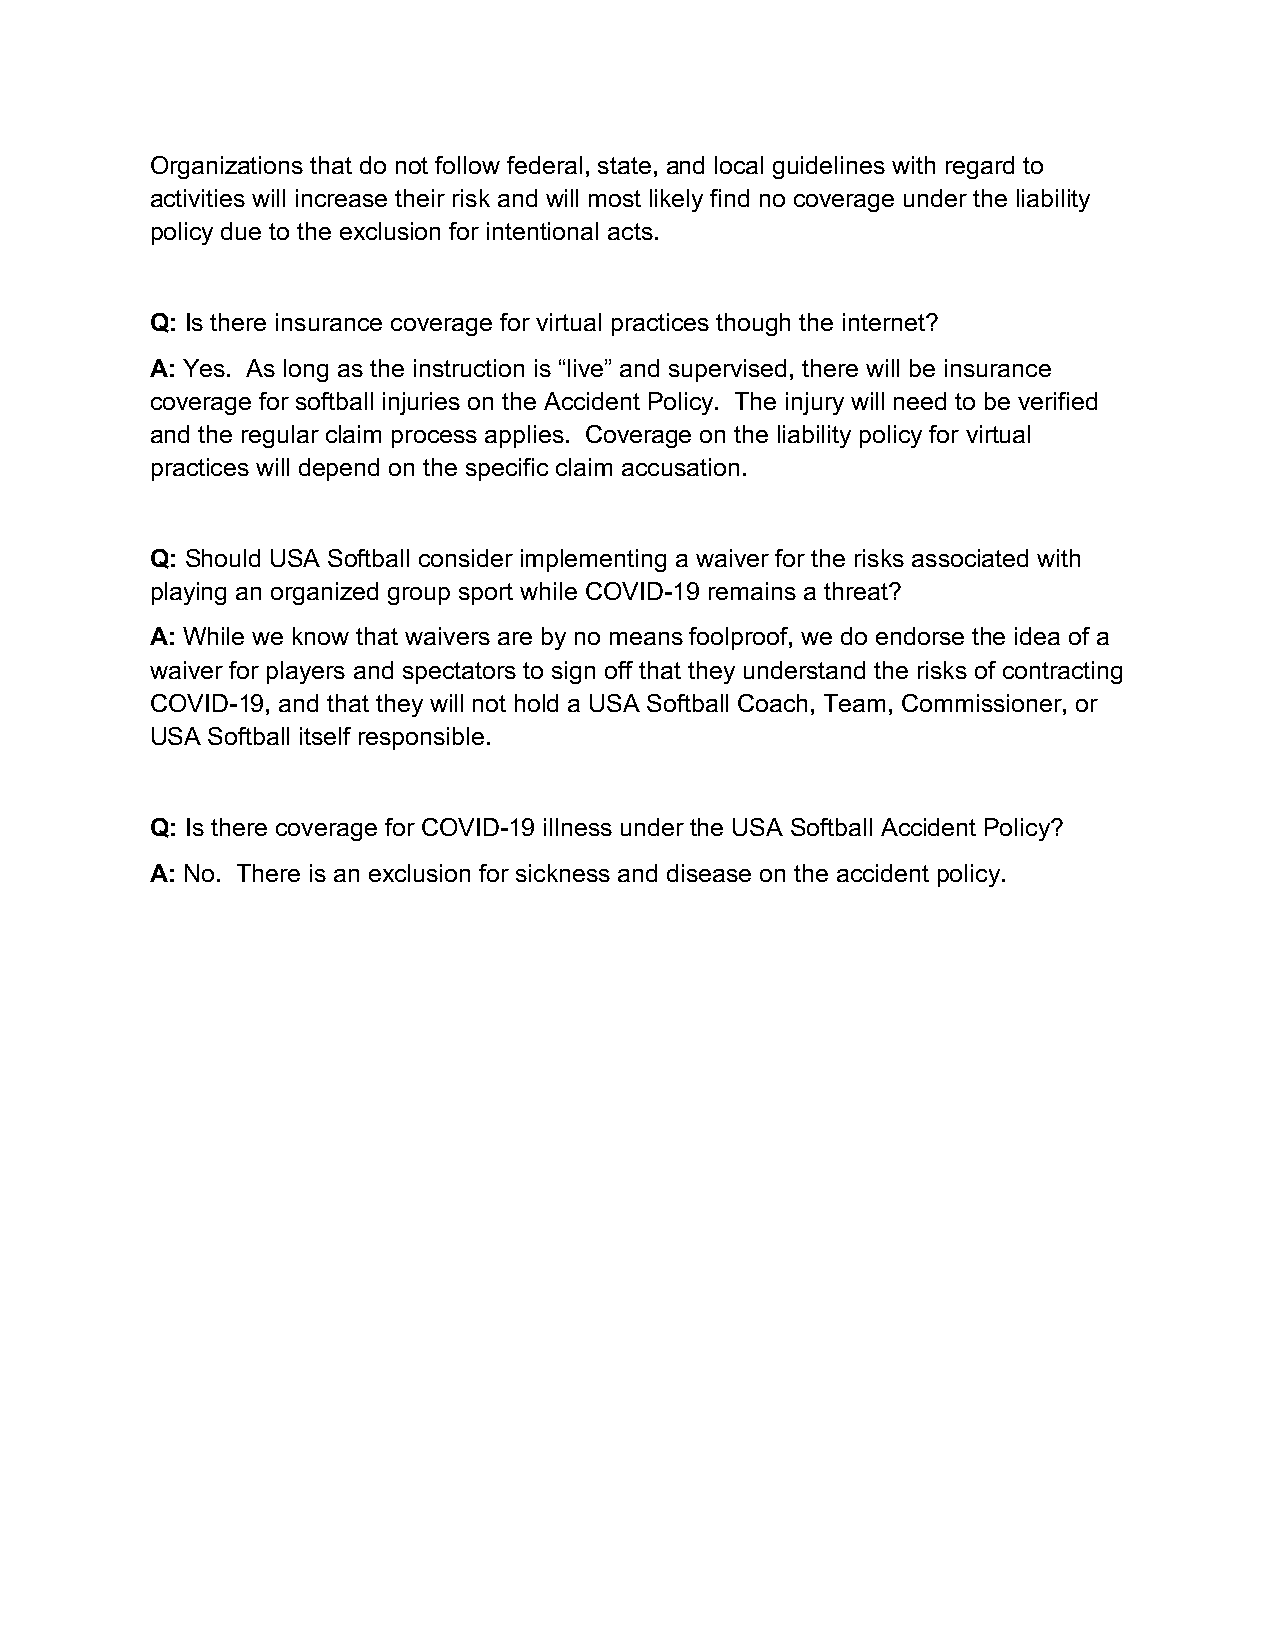
Organizations that do not follow federal, state, and local guidelines with regard to
 activities will increase their risk and will most likely find no coverage under the liability
 policy due to the exclusion for intentional acts.
 Q: Is there insurance coverage for virtual practices though the internet?
 A: Yes. As long as the instruction is “live” and supervised, there will be insurance
 coverage for softball injuries on the Accident Policy. The injury will need to be verified
 and the regular claim process applies. Coverage on the liability policy for virtual
 practices will depend on the specific claim accusation.
 Q: Should USA Softball consider implementing a waiver for the risks associated with
 playing an organized group sport while COVID-19 remains a threat?
 A: While we know that waivers are by no means foolproof, we do endorse the idea of a
 waiver for players and spectators to sign off that they understand the risks of contracting
 COVID-19, and that they will not hold a USA Softball Coach, Team, Commissioner, or
 USA Softball itself responsible.
 Q: Is there coverage for COVID-19 illness under the USA Softball Accident Policy?
 A: No. There is an exclusion for sickness and disease on the accident policy.